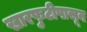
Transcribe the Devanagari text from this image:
खारफुटीपासून